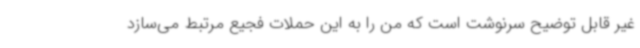
غیر قابل توضیح سرنوشت است که من را به این حملات فجیع مرتبط می‌سازد